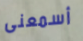
أسمعنى